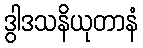
ဒွါဒသနိယုတာနံ